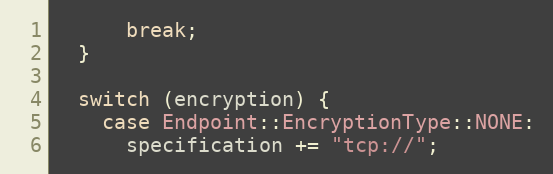
Language: C++
      break;
  }

  switch (encryption) {
    case Endpoint::EncryptionType::NONE:
      specification += "tcp://";